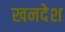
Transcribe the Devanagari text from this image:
खनदेश